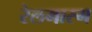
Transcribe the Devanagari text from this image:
रेलमारग